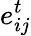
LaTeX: e_{ij}^{t}